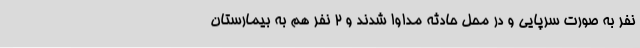
نفر به صورت سرپایی و در محل حادثه مداوا شدند و 2 نفر هم به بیمارستان